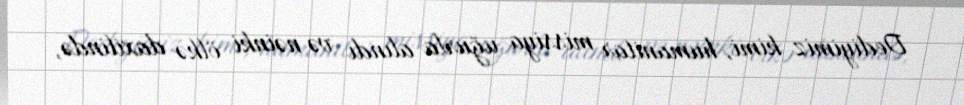
Dediyimiz kimi, humanitar missiya uğurla alındı və nəinki ölkə daxilində,